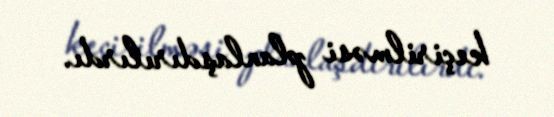
keçirilməsi planlaşdırılırdı.